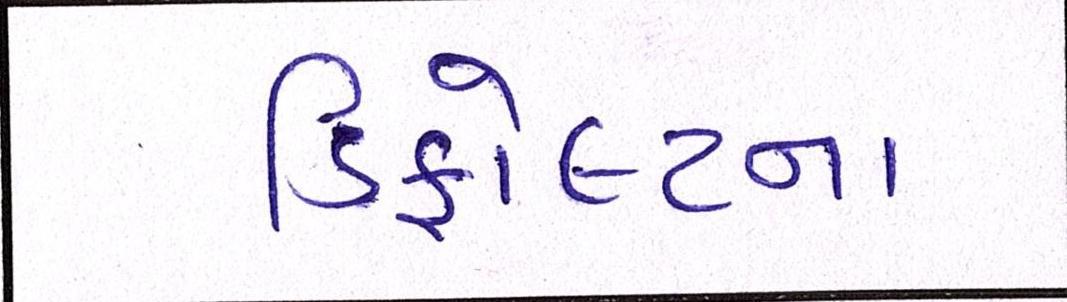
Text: ડિફોલ્ટના